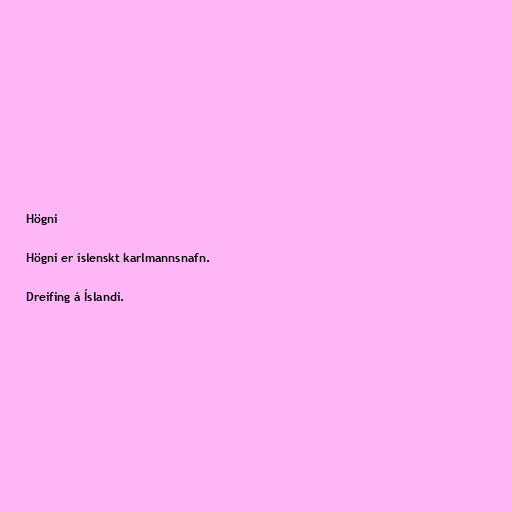
Högni

Högni er íslenskt karlmannsnafn.

Dreifing á Íslandi.